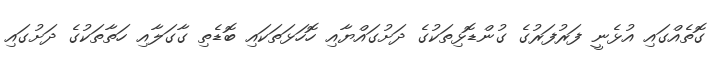
ގޮތެއްގައި އުޅެނީ ފަރުފަރުގެ ގުންޑޮޅިތަކުގެ ދަށުގައްޔާއި ހޮހަޅަތަކައި ބޮޑެތި ގާގަލާއި ހަތާތަކުގެ ދަށުގައި